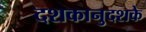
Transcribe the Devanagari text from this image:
दशकानुदशके